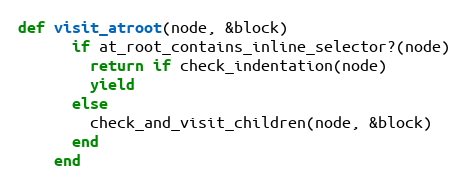
Language: Ruby
def visit_atroot(node, &block)
      if at_root_contains_inline_selector?(node)
        return if check_indentation(node)
        yield
      else
        check_and_visit_children(node, &block)
      end
    end